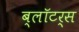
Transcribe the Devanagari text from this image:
ब्लॉटर्स